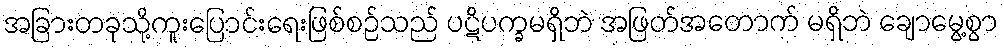
အခြားတခုသို့ကူးပြောင်းရေးဖြစ်စဉ်သည် ပဋိပက္ခမရှိဘဲ အဖြတ်အတောက် မရှိဘဲ ချောမွေ့စွာ